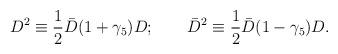
LaTeX: \begin{align*}D^2 \equiv \frac{1}{2} \bar D (1+\gamma_5) D;\qquad\bar D^2 \equiv \frac{1}{2} \bar D (1-\gamma_5) D.\end{align*}